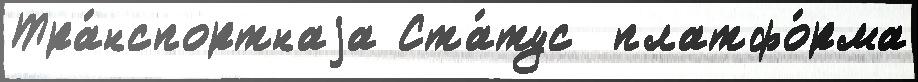
Тра́нспортнаjа Ста́тус  платфо́рма